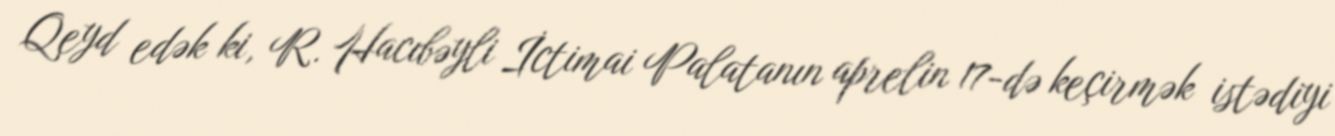
Qeyd edək ki, R. Hacıbəyli İctimai Palatanın aprelin 17-də keçirmək istədiyi